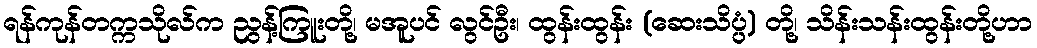
ရန်ကုန်တက္ကသိုလ်က ညွန့်ကြူးတို့၊ မအူပင် လွင်ဦး၊ ထွန်းထွန်း (ဆေးသိပ္ပ္ပံ) တို့၊ သိန်းသန်းထွန်းတို့ဟာ